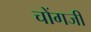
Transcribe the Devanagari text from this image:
चोंगजी